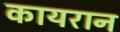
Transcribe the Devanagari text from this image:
कायरान